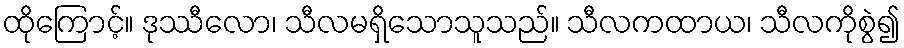
ထိုကြောင့်။ ဒုဿီလော၊ သီလမရှိသောသူသည်။ သီလကထာယ၊ သီလကိုစွဲ၍